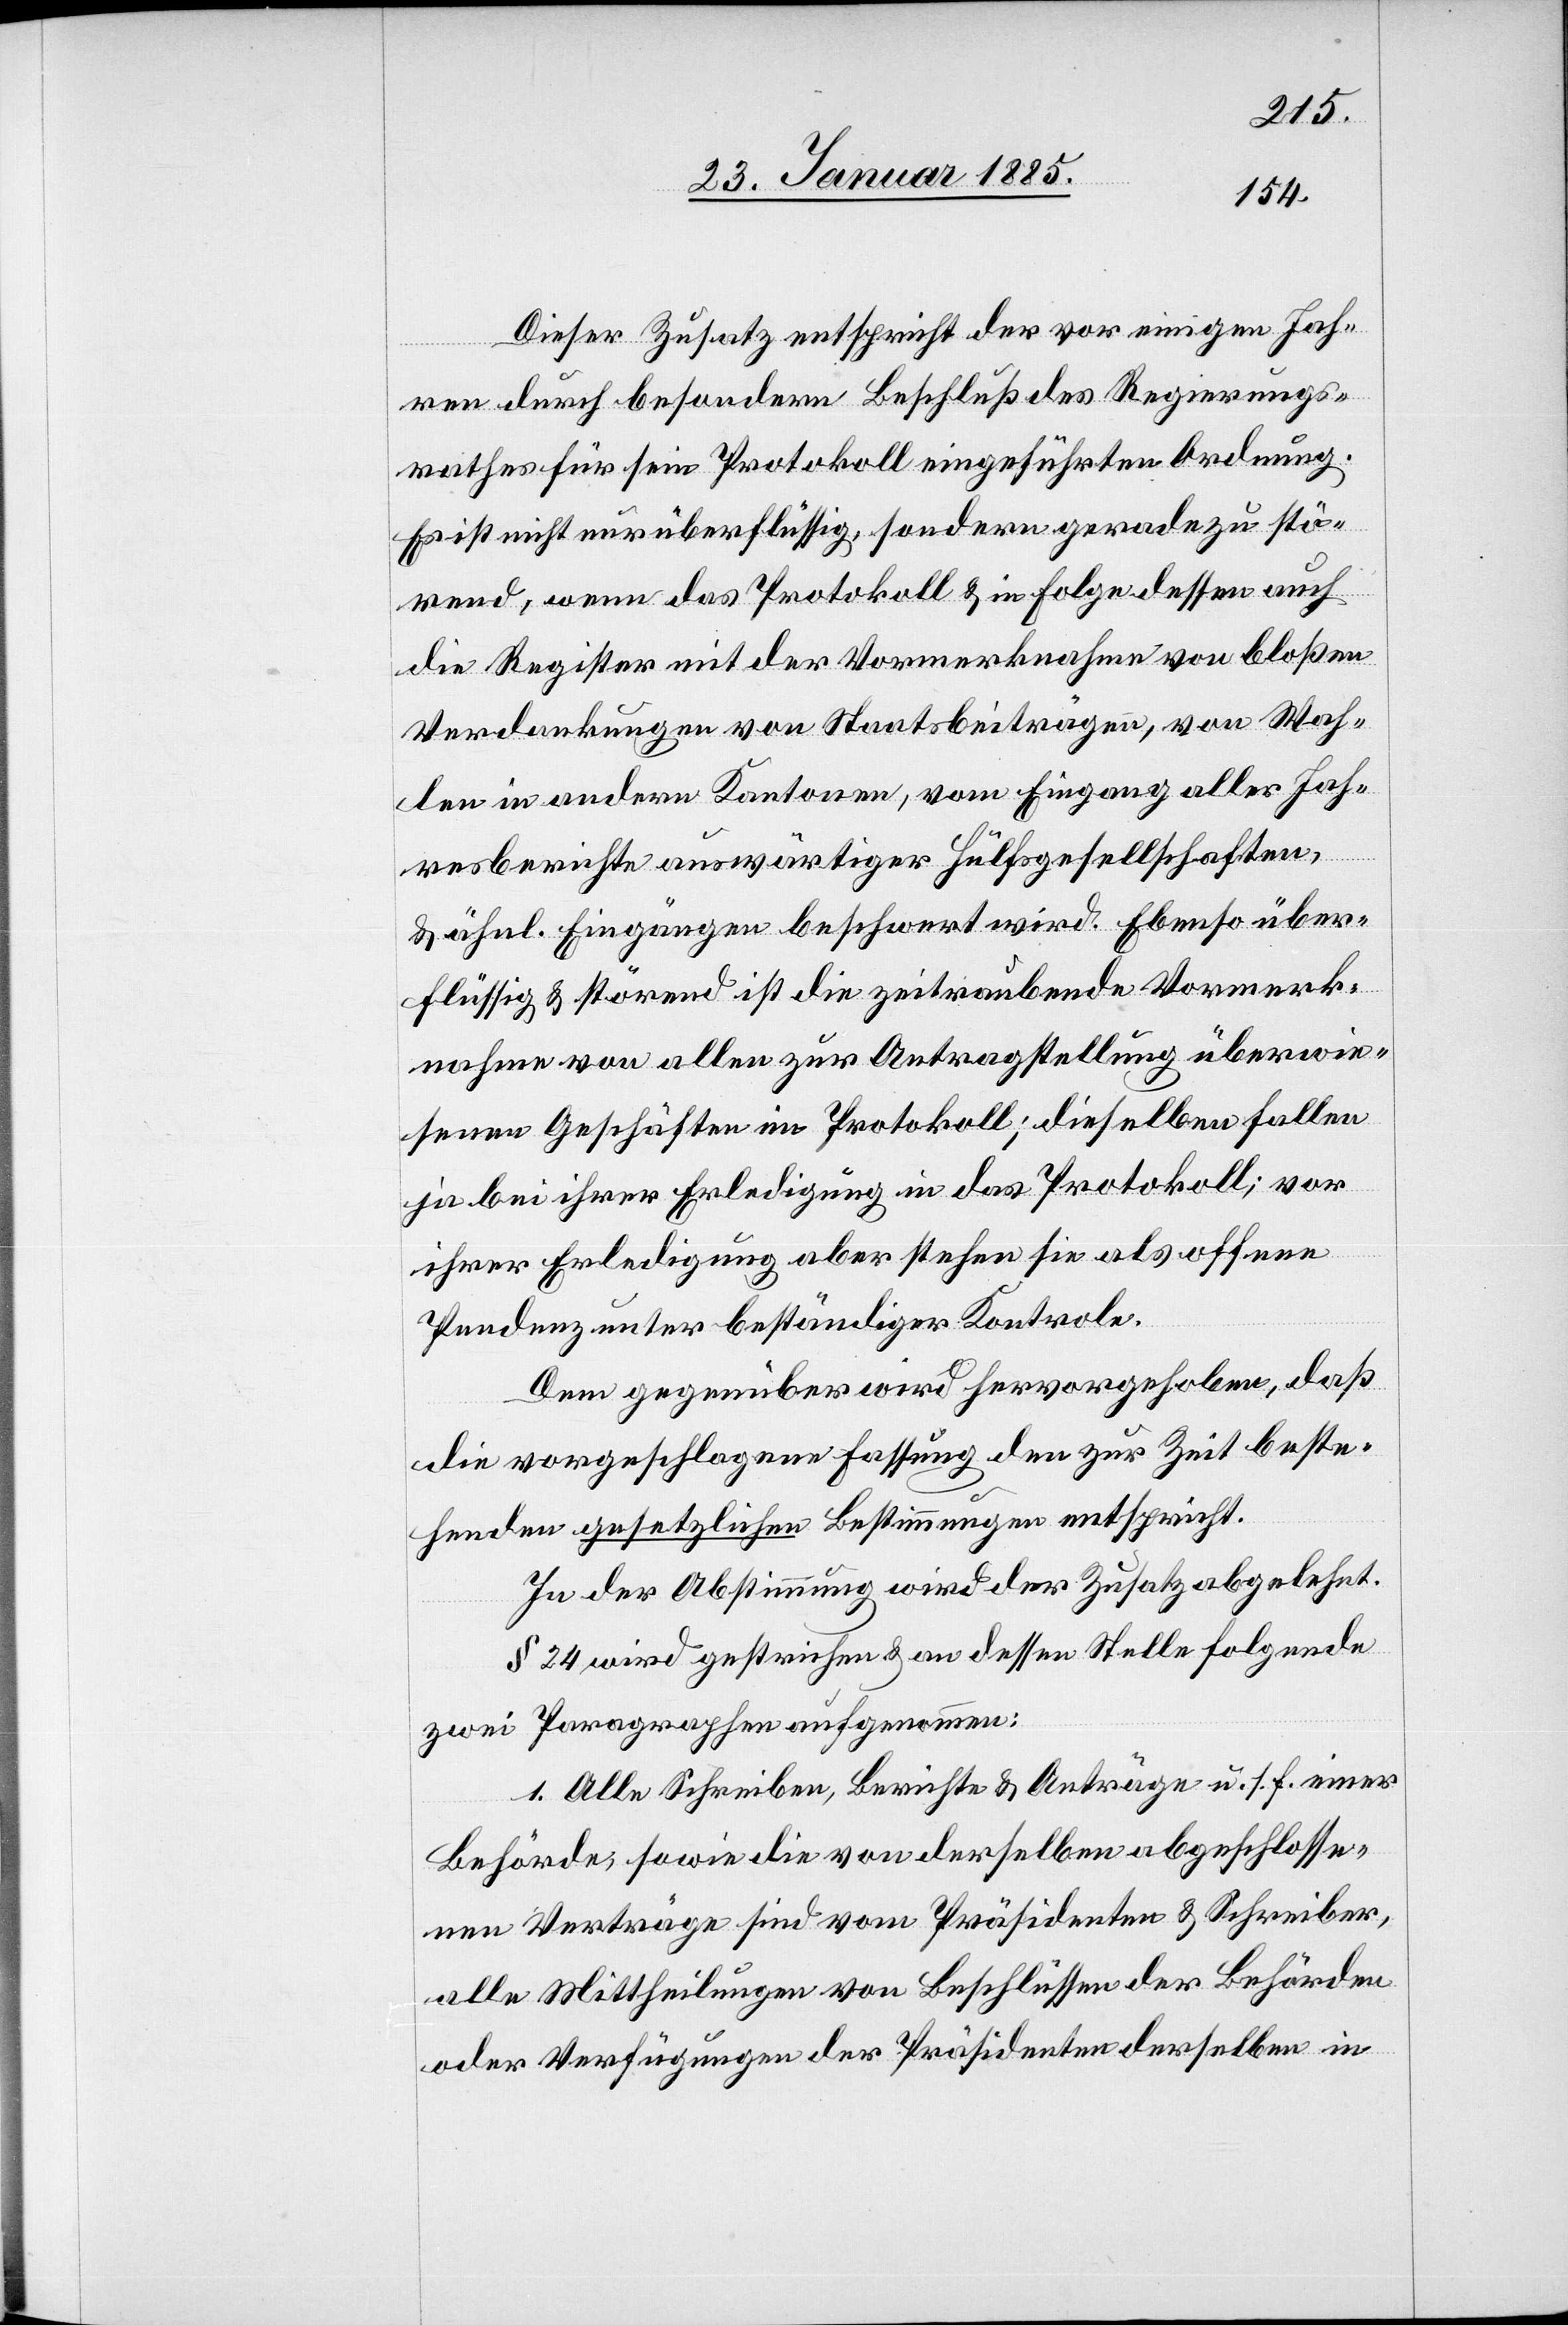
Dieser Zusatz entspricht der vor einigen Jah¬
ren durch besondern Beschluß des Regierungs¬
rathes für sein Protokoll eingeführten Ordnung.
Es ist nicht nur überflüssig, sondern geradezu stö¬
rend, wenn das Protokoll & in Folge dessen auch
die Register mit der Vormerknahme von bloßen
Verdankungen von Staatsbeiträgen, von Wah¬
len in andern Kantonen, vom Eingang aller Jah¬
resberichte auswärtiger Hülfsgesellschaften,
& ähnl. Eingängen beschwert wird. Ebenso über¬
flüssig & störend ist die zeitraubende Vormerk¬
nahme von allen zur Antragstellung überwie¬
senen Geschäften im Protokoll; dieselben fallen
ja bei ihrer Erledigung in das Protokoll; vor
ihrer Erledigung aber stehen sie als offene
Pendenz unter beständiger Kontrole.
Dem gegenüber wird hervorgehoben, daß
die vorgeschlagene Fassung den zur Zeit beste¬
henden gesetzlichen Bestimmungen entspricht.
In der Abstimmung wird der Zusatz abgelehnt.
§ 24 wird gestrichen & an dessen Stelle folgende
zwei Paragraphen aufgenommen:
1. Alle Schreiben, Berichte & Anträge u. s. f. einer
Behörde, sowie die von derselben abgeschlosse¬
nen Verträge sind vom Präsidenten & Schreiber,
alle Mittheilungen von Beschlüssen der Behörde
oder Verfügungen der Präsidenten derselben in